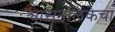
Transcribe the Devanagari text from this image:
श्वासनलिकेचा